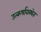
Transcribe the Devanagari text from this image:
उत्कर्षावस्थेत